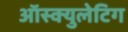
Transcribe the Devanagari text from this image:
ऑस्क्युलेटिग